Leaving Certificate Examination (including Day School Certificate (Higher) General paper), 1932
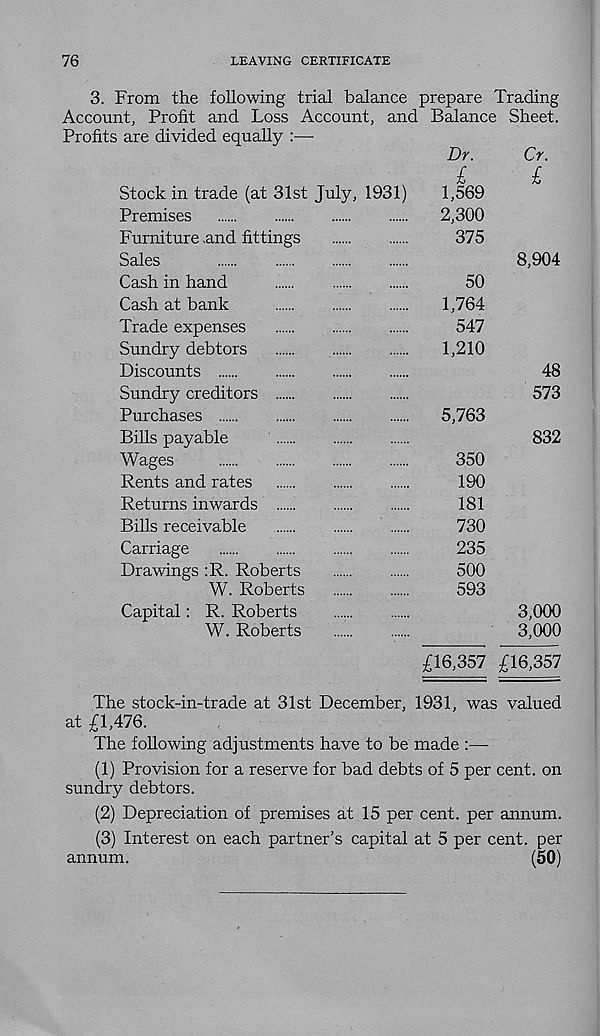
76
LEAVING CERTIFICATE
3. From the following trial balance
Account, Profit and Loss Account, and
Profits are divided equally :—
Stock in trade (at 31st July, 1931)
Premises
Furniture .and fittings
Sales
Cash in hand
Cash at bank
Trade expenses
Sundry debtors
Discounts
Sundry creditors
Purchases
Bills payable
Wages
Rents and rates
Returns inwards
Bills receivable
Carriage
Drawings :R. Roberts
W. Roberts
Capital: R. Roberts
W. Roberts
prepare Trading
Balance Sheet.
Dr.
£
1,569
2,300
375
50
1,764
547
1,210
5,763
350
190
181
730
235
500
593
Cr.
£
8,904
48
573
832
3,000
3,000
£16,357 £16,357
The stock-in-trade at 31st December, 1931, was valued
at £1,476.
The following adjustments have to be made
(1) Provision for a reserve for bad debts of 5 per cent, on
sundry debtors.
(2) Depreciation of premises at 15 per cent, per annum.
(3) Interest on each partner’s capital at 5 per cent, per
annum.
(50)